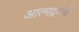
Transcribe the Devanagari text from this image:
आत्मद्रव्यों